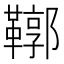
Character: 鞹